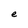
Character: e